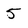
Character: 5